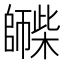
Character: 𪪀